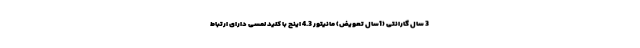
3 سال گارانتی (1سال تعویض) مانیتور 4.3 اینچ با کلید لمسی دارای ارتباط